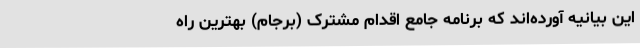
این بیانیه آورده‌اند که برنامه جامع اقدام مشترک (برجام) بهترین راه